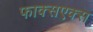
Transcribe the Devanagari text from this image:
फाक्सएक्स